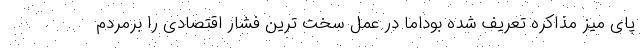
پای میز مذاکره تعریف شده بوداما در عمل سخت ترین فشار اقتصادی را برمردم